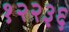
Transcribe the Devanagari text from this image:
१२२३६